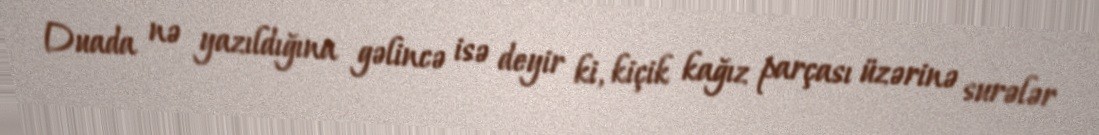
Duada nə yazıldığına gəlincə isə deyir ki, kiçik kağız parçası üzərinə surələr